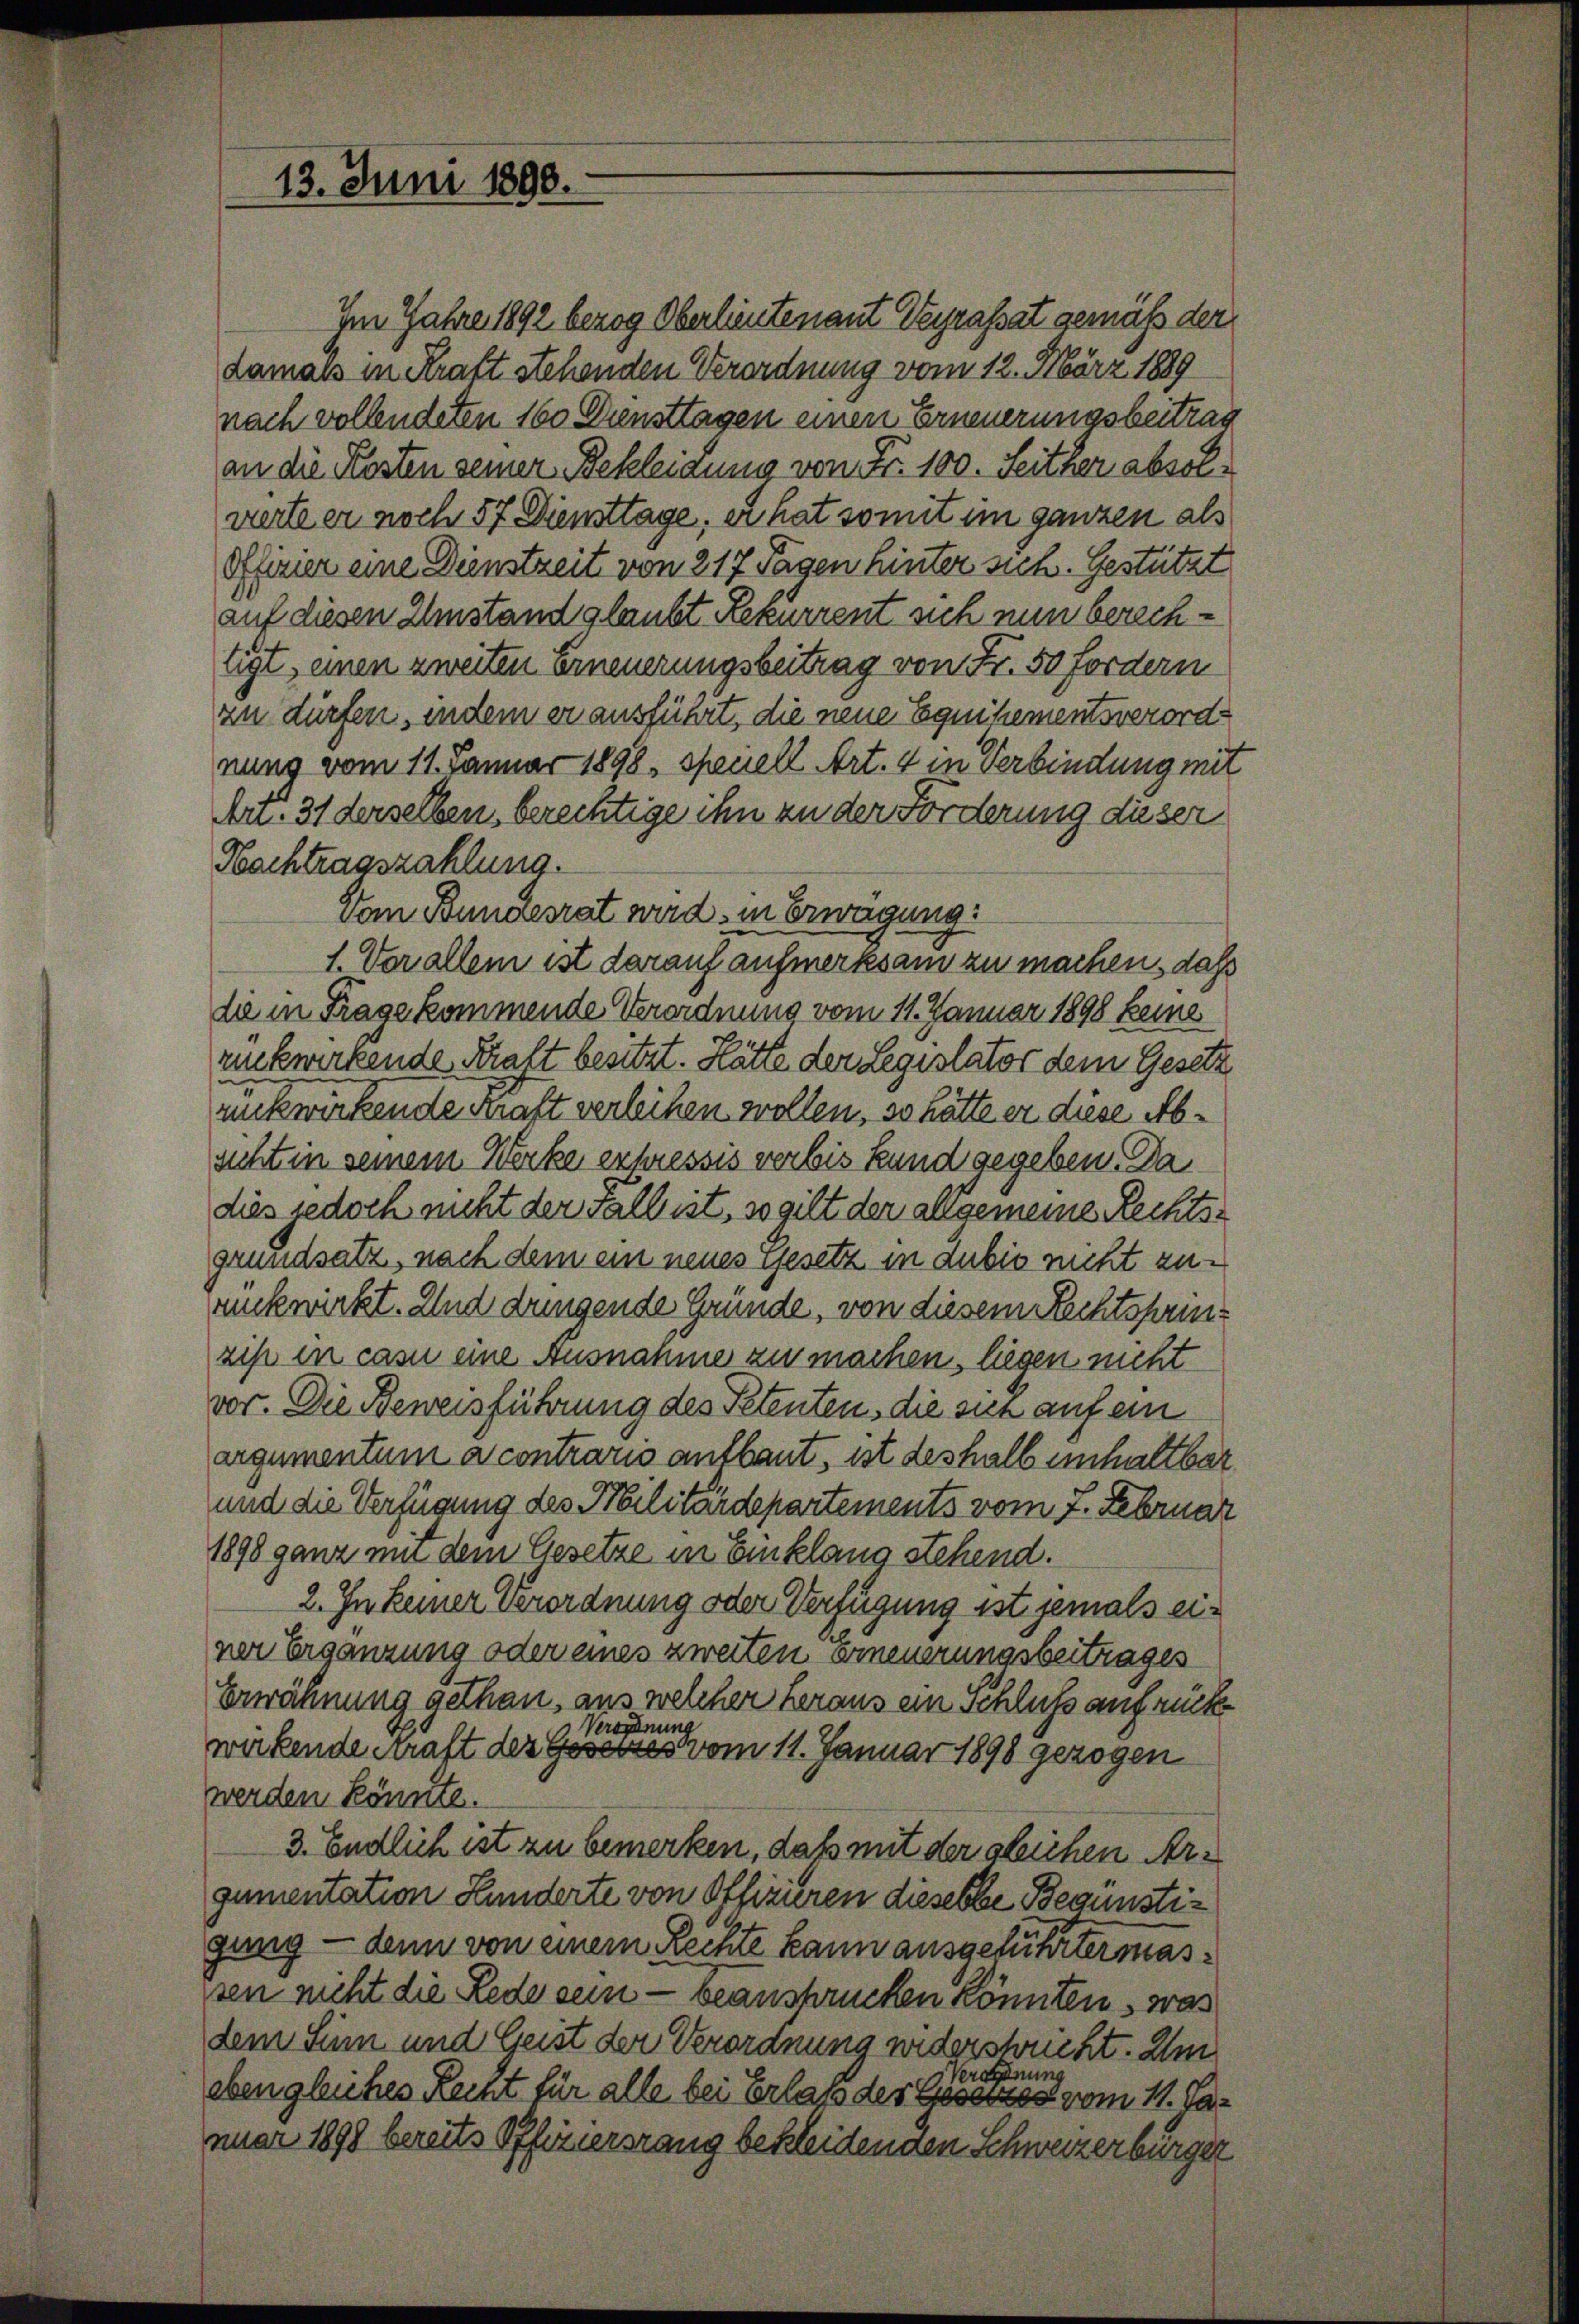
13. Juni 1890.

Im Jahre 1892 bezog Oberlieutenant Heyrassat gemäß der
damals in Kraft stehenden Verordnung vom 12. März 1889
nach vollendeten 160 Diensttagen einen Erneuerungsbeitrag
an die Kosten seiner Bekleidung von Fr. 100. Seither absolwerte er noch 57 Diensttage, er hat somit im ganzen als
Offizier eine Dienstzeit von 217 Tagen hinter sich. Gestützt
auf diesen Umstand glaubt Rekurrent sich nun berechtigt, einen zweiten Erneuerungsbeitrag von Fr. 50 fordern
zu dürfen, indem er ausführt, die neue Equihementsverordnung vom 11. Januar 1898, spenell Art. 4 in Verbindung mit
Ar. 31 derselben, berechtige ihn an der Forderung dieser
Nachtragszahlung.
Vom Bundesrat wird, in Erwägung:
1. Vor allem ist darauf aufmerksam zu machen, daß
die in Frage kommende Verordnung vom 11. Januar 1898 keine
rükwirkende Kraft besitzt. Hätte der Legislator dem Gesetz
rückwirkende Kraft verleihen wollen, so hätte er diese Absicht in seinem Werke erfressis verbis kund gegeben. Da
dies jedoch nicht der Fall ist, so gilt der allgemeine Rechtsgrundsatz, nach dem ein neues Gesetz in dubis nicht zurückwirkt. Und drungende Gründe, von diesem Rechtsprinzip in casu eine Ausnahme zu machen, liegen nicht
vor. Die Beweisführung des Petentens die sich auf ein
argumentum a contraris antbaut, ist deshalb einhaltbar
und die Verfügung des Militärdepartements vom 7. Februar
1898 ganz um dem Gesetze in Einklang stehend.
2. In keiner Verordnung oder Verfügung ist jemals einer Ergänzung oder eines zweiten Erneuerungsbeitrages
Erwähnung gethan, aus welcher heraus ein Schluss aufrücke
Verordnung
würkende Kraft des Gesetzes vom 11. Januar 1890 gezogen
werden könnte.
3. Endlich ist zu bemerken, daß mit der gleichen Argumentation Hunderte von Offiziren dieselbe Begünstigung — denn von einem Rechte kann ausgeführte er massen nicht die Rede sein — beanstrucken konnten, was
dem Sinn und Geist der Verordnung wiederschricht. Um
ing
Verten
eben gleiches Recht für alle bei Erlaß des Gesetzes vom 11. Januar 1898 bereits Offiziersrang bekleidenden Schweizerbürger